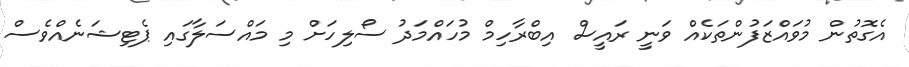
އެގޮތުން މުވައްޒަފުންތަކެއް ވަނީ ރައީސް އިބްރާހިމް މުހައްމަދު ސޯލިހަށް މި މައްސަލާގައި ޕެޓިޝަނެއްވެސް